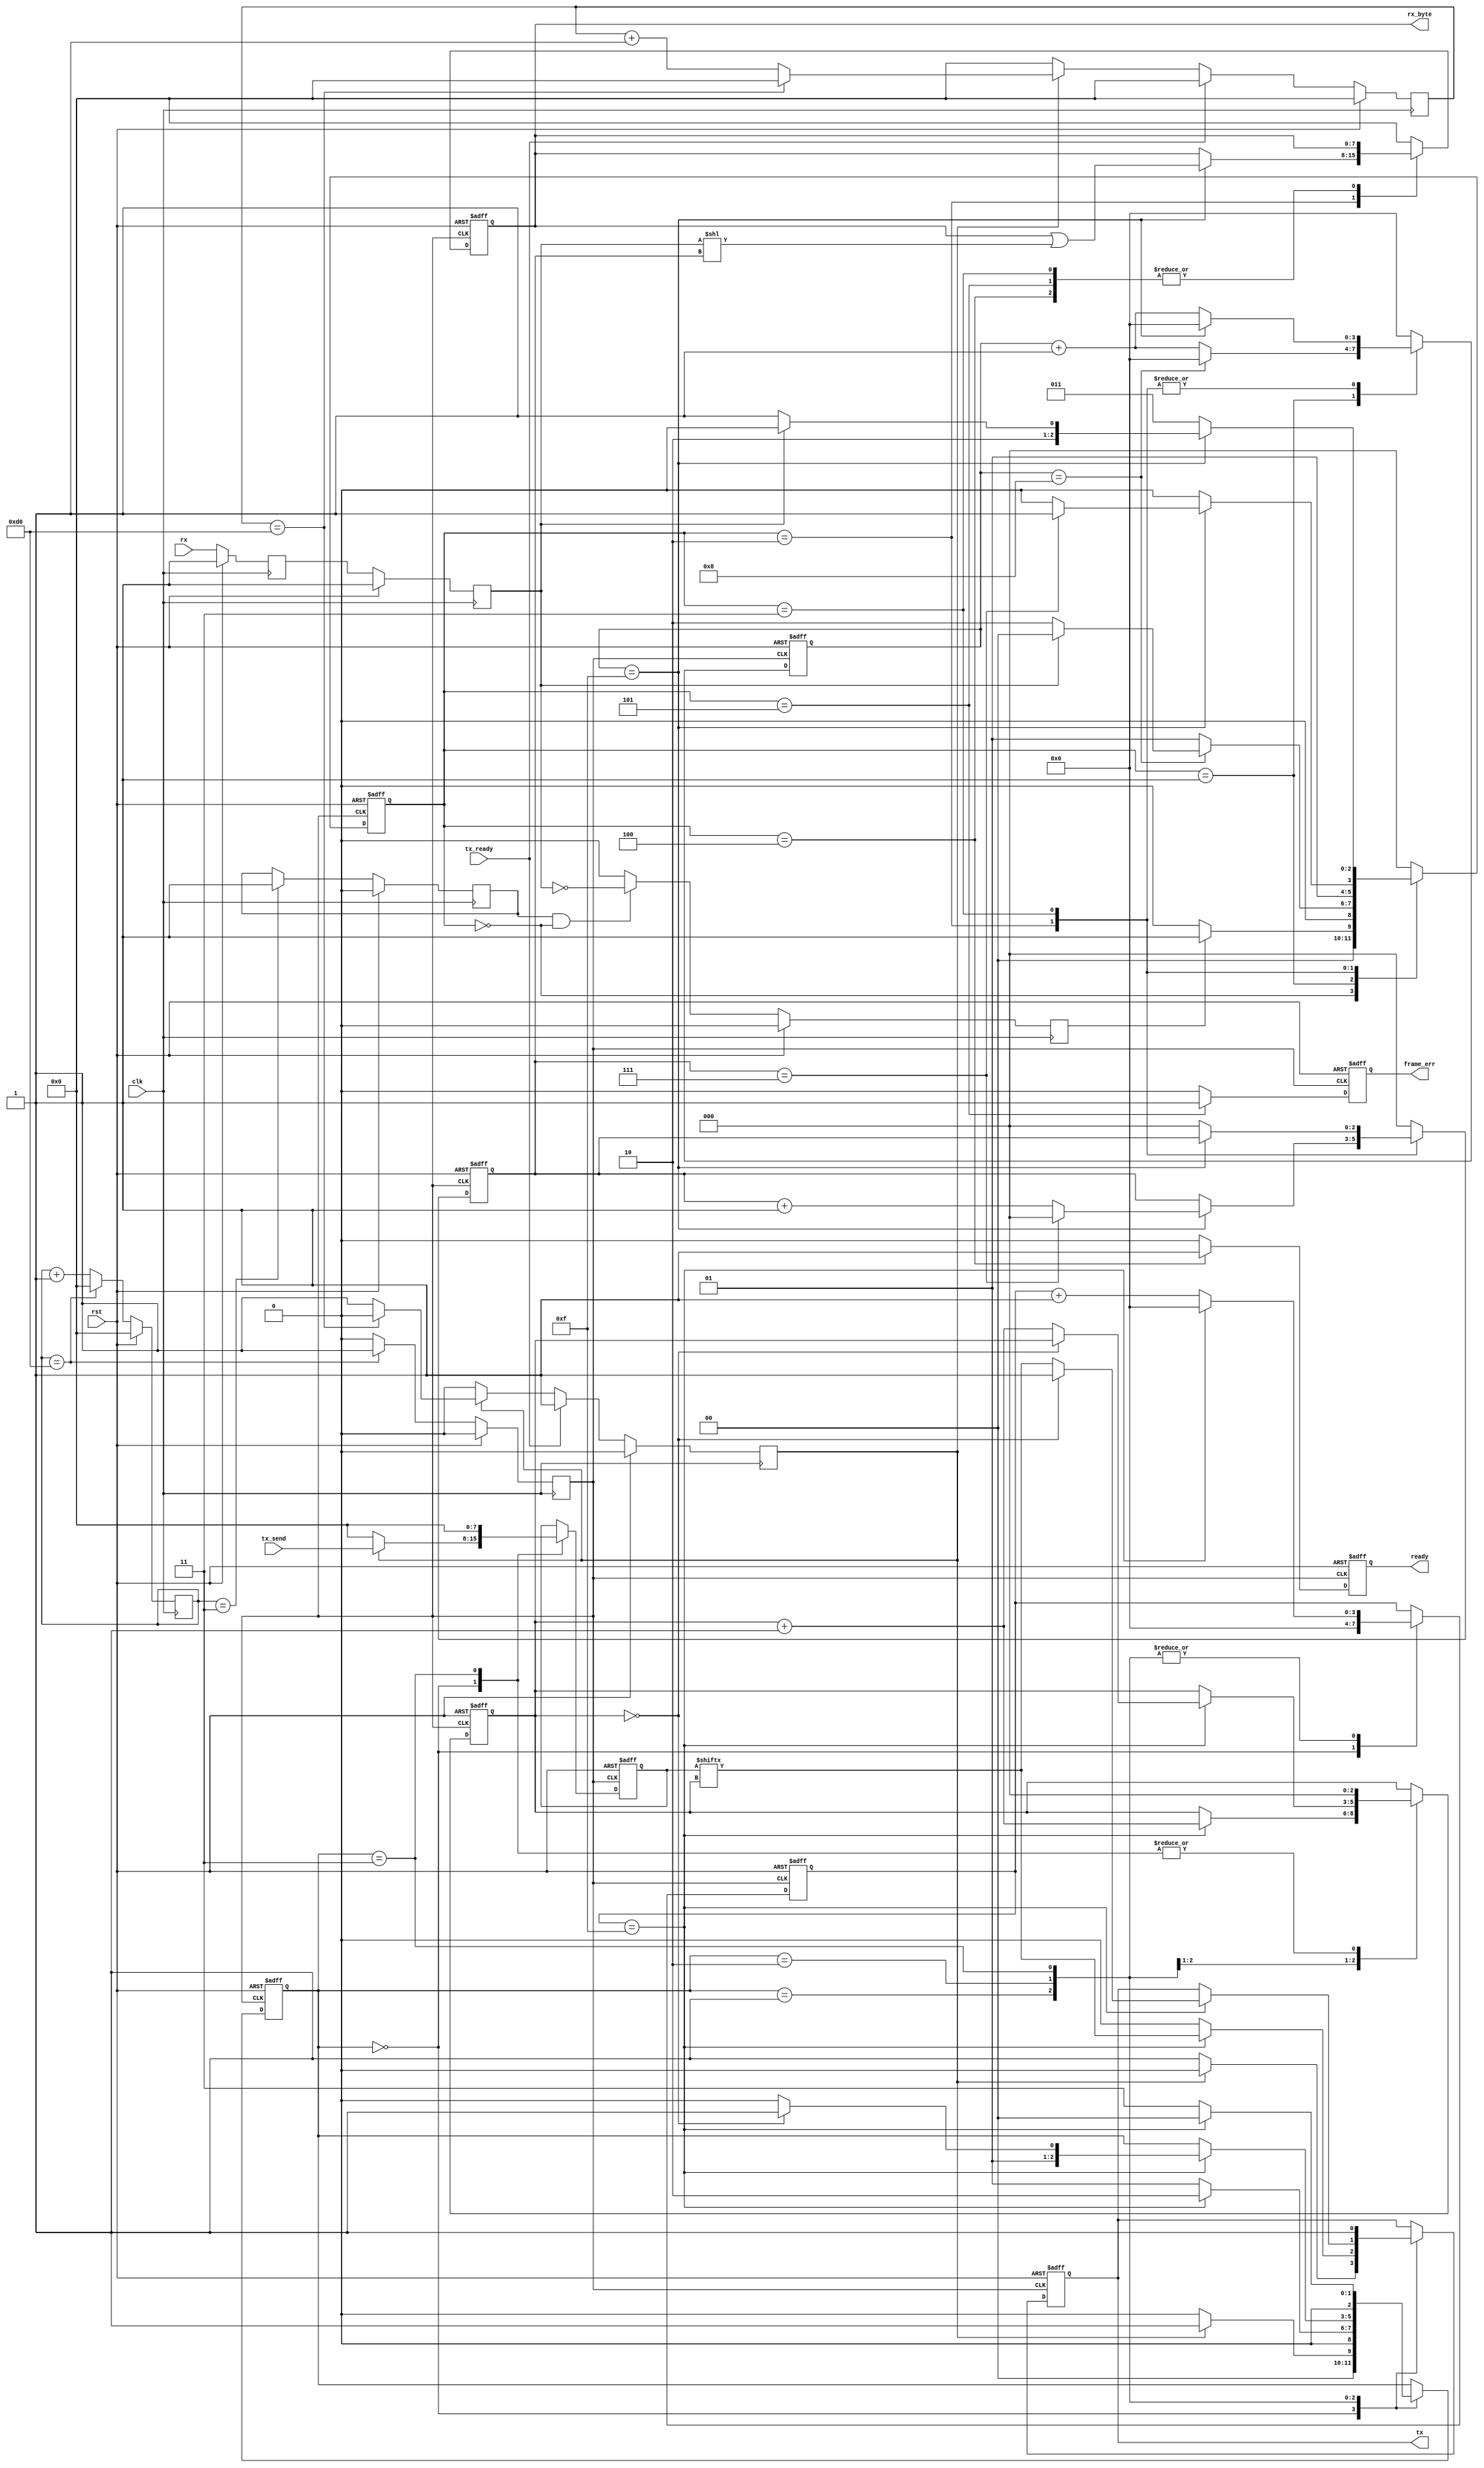
`timescale 1ns / 1ps
//////////////////////////////////////////////////////////////////////////////////
// Company: 
// Engineer: 
// 
// Design Name: 
// Module Name:    uart_simple 
// Project Name: 
// Target Devices: 
// Tool versions: 
// Description: Simple UART that is good up to 230400 baud with a 32MHz source clock 
//
// Dependencies: 
//
// Revision: 
// Revision 0.01 - File Created
// Additional Comments: 
//
//////////////////////////////////////////////////////////////////////////////////
module uart_simple(
	input rx,
	input [7:0] tx_send,
	input tx_ready,
	input clk,
	input rst,
	output reg [7:0] rx_byte,
	output reg ready,
	output reg frame_err,
	output reg tx
    );

	reg [7:0] tx_copy;
	
	parameter CLOCK_RATE = 32000000; //32MHz
	parameter BAUD_RATE = 9600; //Bit rate to receive at
	parameter SAMPLE_COUNT = 16; //Sample rx bit every 16 clocks
	//Calculate the divider to get sample clock of <SAMPLE_COUNT> * BAUD RATE * 4 (to get a correct Divider)
//	parameter DIVIDER = CLOCK_RATE / (BAUD_RATE * 4 * SAMPLE_COUNT);
	parameter DIVIDER = CLOCK_RATE / (BAUD_RATE * SAMPLE_COUNT);
	parameter BITS_DIVIDER = 8; //Number of bits to support DIVIDER count
	
	reg [BITS_DIVIDER-1:0] clk_divide_tx;
	reg [BITS_DIVIDER-1:0] clk_divide;
	
	reg sample_clk;  //Use DCM and counter to divide 32MHz / (38400 * 16 * 4) = 13
	reg sample_locked; //Set when sample clock locked
	
	reg start_flag; //Set when start bit received, reset on next rx bit edge

	reg tx_ready_held;
	
	reg [2:0] bit_counter; //Number of bits received
	reg [3:0] sample_counter; //Clock counter to determine sample count
	reg [2:0] tx_bit_counter; //Number of bits sent
	reg [3:0] tx_counter; //Bit Timer for tx
	
	reg [2:0] rx_state;
	reg [2:0] tx_state;

	parameter IDLE = 3'b000;
	parameter START = 3'b001;
	parameter BUSY = 3'b010;
	parameter STOP = 3'b011;
	parameter READ = 3'b100;
	parameter FRAME_ERR = 3'b101;

	reg rx_1; //Output of first stage of rx bit sync
	reg rx_bit; //Output of second stage (should be stable)

/*	
   // DCM_SP: Digital Clock Manager
   //         Spartan-6
   // Xilinx HDL Language Template, version 14.7

   DCM_SP #(
      .CLKDV_DIVIDE(DIVIDER),                   // CLKDV divide value
      .CLKIN_PERIOD(31.25),                  // Input clock period specified in nS
      .CLK_FEEDBACK("1X")                  // Feedback source (NONE, 1X, 2X)
   )
   DCM_SP1 (
		.CLK0(clk1),
      .CLKIN(clk),       // 1-bit input: Clock input
      .CLKFB(clk1),       // 1-bit input: Clock feedback input
      .RST(rst),            // 1-bit input: Active high reset input
      .PSEN(psen),         // 1-bit input: Phase shift enable
      .CLKDV(clk_inter)       // 1-bit output: Divided clock output
   );
   // End of DCM_SP_inst instantiation

	assign psen = 1'b0;
*/	

/*	
	divider sample_clk_gen #(.DIVIDE(DIVIDER),.DIVIDE_BITS(BITS_DIVIDER), .CLEAR_COUNT(1)) (
    .enable(enable), 
    .clk(clk), 
    .rst(rst), 
    .out1(sample_clk)
    );
*/

	//Generate the sample clock 
	always @(posedge clk)
		begin
			if (rst)
			 begin
				clk_divide <= 0;
				sample_locked <= 0;
				sample_clk <= 0;
			 end
			else
			 begin
				if (clk_divide == 2'b11)
				 begin
					sample_locked <= 1; //Set the first time only
				 end
				else
				 begin
					sample_locked <= sample_locked;
				 end
				if (clk_divide == DIVIDER)
				 begin
					sample_clk <= 1'b1;
					clk_divide <= 0;
				 end
				else
				 begin
					sample_clk <= 1'b0;
					clk_divide <= clk_divide + 1'b1;
				 end
			 end
		end

	//Check the bit state - set start flag if idle and rx_bit is 0
	always @(posedge clk)
	begin
			if (rst)
			 begin
				rx_1 <= 1'b1;
				rx_bit <= 1'b1;
				start_flag <= 1'b0;
			 end
			else
			 begin
 				rx_1 <= rx;
				rx_bit <= rx_1;
				if (sample_locked && rx_state == IDLE)
				 begin
					//sample clock is locked and so can trust state of rx_edge
					start_flag <= ~rx_bit;
				 end
				else
				 begin
					start_flag <= 1'b0;
				 end
			 end
	end //always

	//rx block
	always @(posedge sample_clk or posedge rst)
	begin
		if (rst)
		 begin
			rx_state <= IDLE;
			rx_byte <= 8'b0;
			ready <= 0;
			frame_err <= 0;
			bit_counter <= 0;
			sample_counter <= 0;
		 end
		else
		 begin
			case (rx_state)
				IDLE: begin
					//Check if start bit
					bit_counter <= 0;
					sample_counter <= 0;
					ready <= 0;
					frame_err <= 0;
					rx_byte <= 8'b0;
					if (start_flag)
					 begin
						rx_state <= START;
					 end
					else
					 begin
						rx_state <= IDLE;
					 end
				 end
				START: begin
					bit_counter <= 0;
					ready <= 0;
					frame_err <= 0;
					rx_byte <= 8'b0;
					if (sample_counter == SAMPLE_COUNT/2)
					 begin
						//Half a bit sample offset - check start bit still low
						sample_counter <= 0;
						if (!rx_bit)
						 begin
							rx_state <= BUSY;
						 end
						else
						 begin
							rx_state <= IDLE; //False alarm
						 end
					 end
					else
					 begin
						sample_counter <= sample_counter + 1'b1;
						rx_state <= START;
					 end
				 end //START
				BUSY: begin
					ready <= 0;
					frame_err <= 0;
					if (sample_counter == SAMPLE_COUNT - 1)
					 begin
						//Read in next bit (mask with what we already have
						rx_byte <= rx_byte | (rx_bit << bit_counter);
						sample_counter <= 0;
						if (bit_counter == 3'b111)
						 begin
							//Completed the byte - check stop bit
							bit_counter <= 0;
							rx_state <= STOP;
						 end
						else
						 begin
							bit_counter <= bit_counter + 1'b1;
							rx_state <= BUSY;
						 end
					 end
					else
					 begin
						rx_byte <= rx_byte;
						sample_counter <= sample_counter + 1'b1;
						rx_state <= BUSY;
						bit_counter <= bit_counter;
					 end
				 end //BUSY
				STOP: begin
					ready <= 0;
					frame_err <= 0;
					if (sample_counter == SAMPLE_COUNT - 1)
					 begin
						sample_counter <= 0;
						if (rx_bit == 1'b1)
							rx_state <= READ;
						else if (rx_bit == 1'b0)
							rx_state <= FRAME_ERR;
						else
							rx_state <= STOP;
					 end
					else
					 begin
						sample_counter <= sample_counter + 1'b1;
						rx_state <= STOP;
						rx_byte <= rx_byte;
						bit_counter <= 0;
					 end
					end //STOP
				READ: begin
						frame_err <= 0;
						sample_counter <= 0;
						ready <= 1;
						rx_state <= IDLE;
						bit_counter <= 0;
						rx_byte <= rx_byte;
					end //READ
				FRAME_ERR: begin
						sample_counter <= 0;
						frame_err <= 1;
						ready <= 0;
						rx_state <= IDLE;
						bit_counter <= 0;
						rx_byte <= rx_byte;
					end //FRAME_ERR
				default: begin
						rx_state <= IDLE;
						rx_byte <= 8'b0;
						ready <= 0;
						frame_err <= 0;
						bit_counter <= 0;
						sample_counter <= 0;
					end
			endcase
		 end //not rst
		end //always
		
	//tx block
	//Hold the tx_ready line high for one sample_clk period
	always @(posedge clk)
  	 begin
		if (rst)
		 begin
			clk_divide_tx <= 0;
			tx_ready_held <= 1'b0;
		 end
		else
		 begin
			if (tx_ready)
			 begin
				clk_divide_tx <= 0;
				tx_ready_held <= 1'b1;
			 end
			else
			 begin
				if (tx_ready_held)
				 begin
					if (clk_divide_tx == DIVIDER)
					 begin
						clk_divide_tx <= 0;
						tx_ready_held <= 0;
					 end
					else
					 begin
						clk_divide_tx <= clk_divide_tx + 1'b1;
						tx_ready_held <= 1'b1;
					 end
				 end
				else
				 begin
					clk_divide_tx <= 0;
					tx_ready_held <= 1'b0;
				 end
			 end
		 end
	 end

	//TX the byte
	always @(posedge sample_clk or posedge rst)
	 begin
		if (rst)
		 begin
			tx_state <= IDLE;
			tx_copy <= 0;
			tx <= 1'b1;
			tx_counter <= 0;
			tx_bit_counter <= 0;
		 end
		else
		 begin
			case (tx_state)
				IDLE: begin
					if (tx_ready_held)
					 begin
						tx_copy <= tx_send;
						tx <= 1'b0; //Set start bit
						tx_state <= START;
						tx_counter <= 0;
						tx_bit_counter <= 0;
						end
					else
						begin
							tx_state <= IDLE;
							tx <= 1'b1;
							tx_counter <= 0;
							tx_bit_counter <= 0;
							tx_copy <= 0;
						end
					end
				START: begin
					if (tx_counter == 15)
					 begin //set the first bit
						tx <= tx_copy[tx_bit_counter]; 
						tx_bit_counter <= tx_bit_counter + 1'b1; //Set bit counter to point to next bit
 						tx_counter <= 0;
						tx_state <= BUSY;
						tx_copy <= tx_copy;
					 end
					else
					 begin
						tx_counter <= tx_counter + 1'b1;
						tx_state <= START;
						tx_bit_counter <= tx_bit_counter;
						tx_copy <= tx_copy;
						tx <= 1'b0;
					 end
					end
				BUSY: begin
					tx_copy <= tx_copy;
					if (tx_counter == 15)
					 begin
						tx_counter <= 0;
						if (tx_bit_counter == 0)
						 begin //Sent all 8 bits
							tx_state <= STOP;
							tx <= 1'b1;
							tx_bit_counter <= tx_bit_counter;
						 end
						else
						 begin //Send the next bit
							tx <= tx_copy[tx_bit_counter];
							tx_state <= BUSY;
							tx_bit_counter <= tx_bit_counter + 1'b1;
						 end	
					 end //counter == 15
					else
					 begin
						tx <= tx;
						tx_counter <= tx_counter + 1'b1;
						tx_bit_counter <= tx_bit_counter;
					 end
					end //BUSY
				STOP: begin
					tx_copy <= 0;
					tx_bit_counter <= 0;
					tx <= 1'b1;
					if (tx_counter == 15)
					 begin
						tx_counter <= 0;
						tx_state <= IDLE; //Done
					 end
					else
					 begin
						tx_state <= STOP;
						tx_counter <= tx_counter + 1'b1;
					 end
				 end
			endcase
		 end //if
	 end //always

endmodule